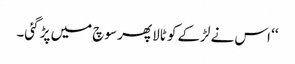
‘‘ اس نے لڑکے کو ٹالا پھر سوچ میں پڑ گئی۔